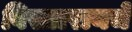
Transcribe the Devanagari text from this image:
विस्तारायचे